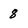
Character: 8